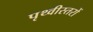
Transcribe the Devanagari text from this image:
पृथ्वीस्तरों